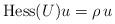
LaTeX: \begin{align*} \mathrm{Hess} (U) u = \rho\,u \end{align*}